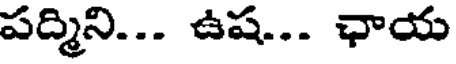
పద్మిని... ఉష... ఛాయ